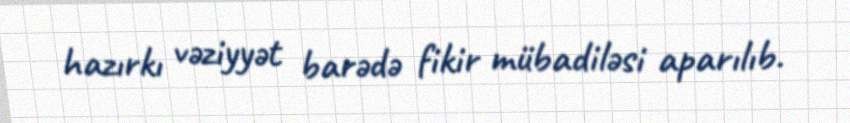
hazırkı vəziyyət barədə fikir mübadiləsi aparılıb.